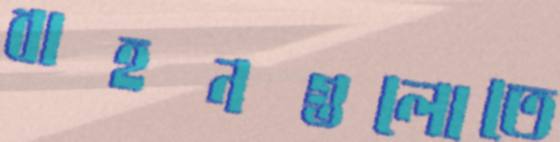
বাহনগুলোতে